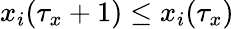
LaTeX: x_{i}(\tau_{x}+1)\leq x_{i}(\tau_{x})